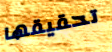
تحقيقها